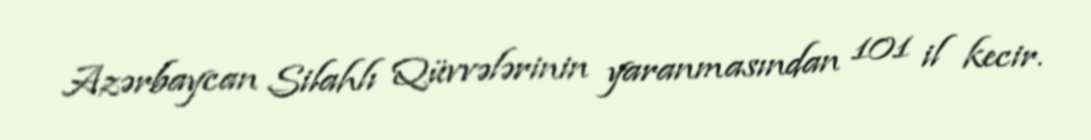
Azərbaycan Silahlı Qüvvələrinin yaranmasından 101 il kecir.